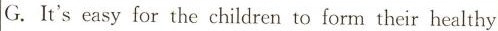
G.It's easy for the children to form their healthy